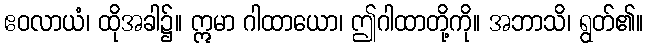
ဧဝလာယံ၊ ထိုအခါ၌။ ဣမာ ဂါထာယော၊ ဤဂါထာတို့ကို။ အဘာသိ၊ ရွတ်၏။